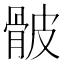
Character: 骳